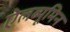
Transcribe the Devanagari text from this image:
ऐलब्यूमिन